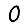
Digit: 0